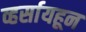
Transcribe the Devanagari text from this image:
व्हर्सायहून